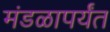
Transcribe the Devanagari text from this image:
मंडळापर्यंत